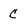
Character: C